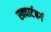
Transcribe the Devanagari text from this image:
स्क्वार्टबर्ग